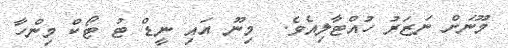
މޫނަށް ނަޒަރު ހުއްޓާލިއެވެ.  މިނޫ އައި ނީޑް ޓު ޓޯކް މިންހާ